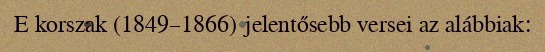
E korszak (1849–1866) jelentősebb versei az alábbiak: